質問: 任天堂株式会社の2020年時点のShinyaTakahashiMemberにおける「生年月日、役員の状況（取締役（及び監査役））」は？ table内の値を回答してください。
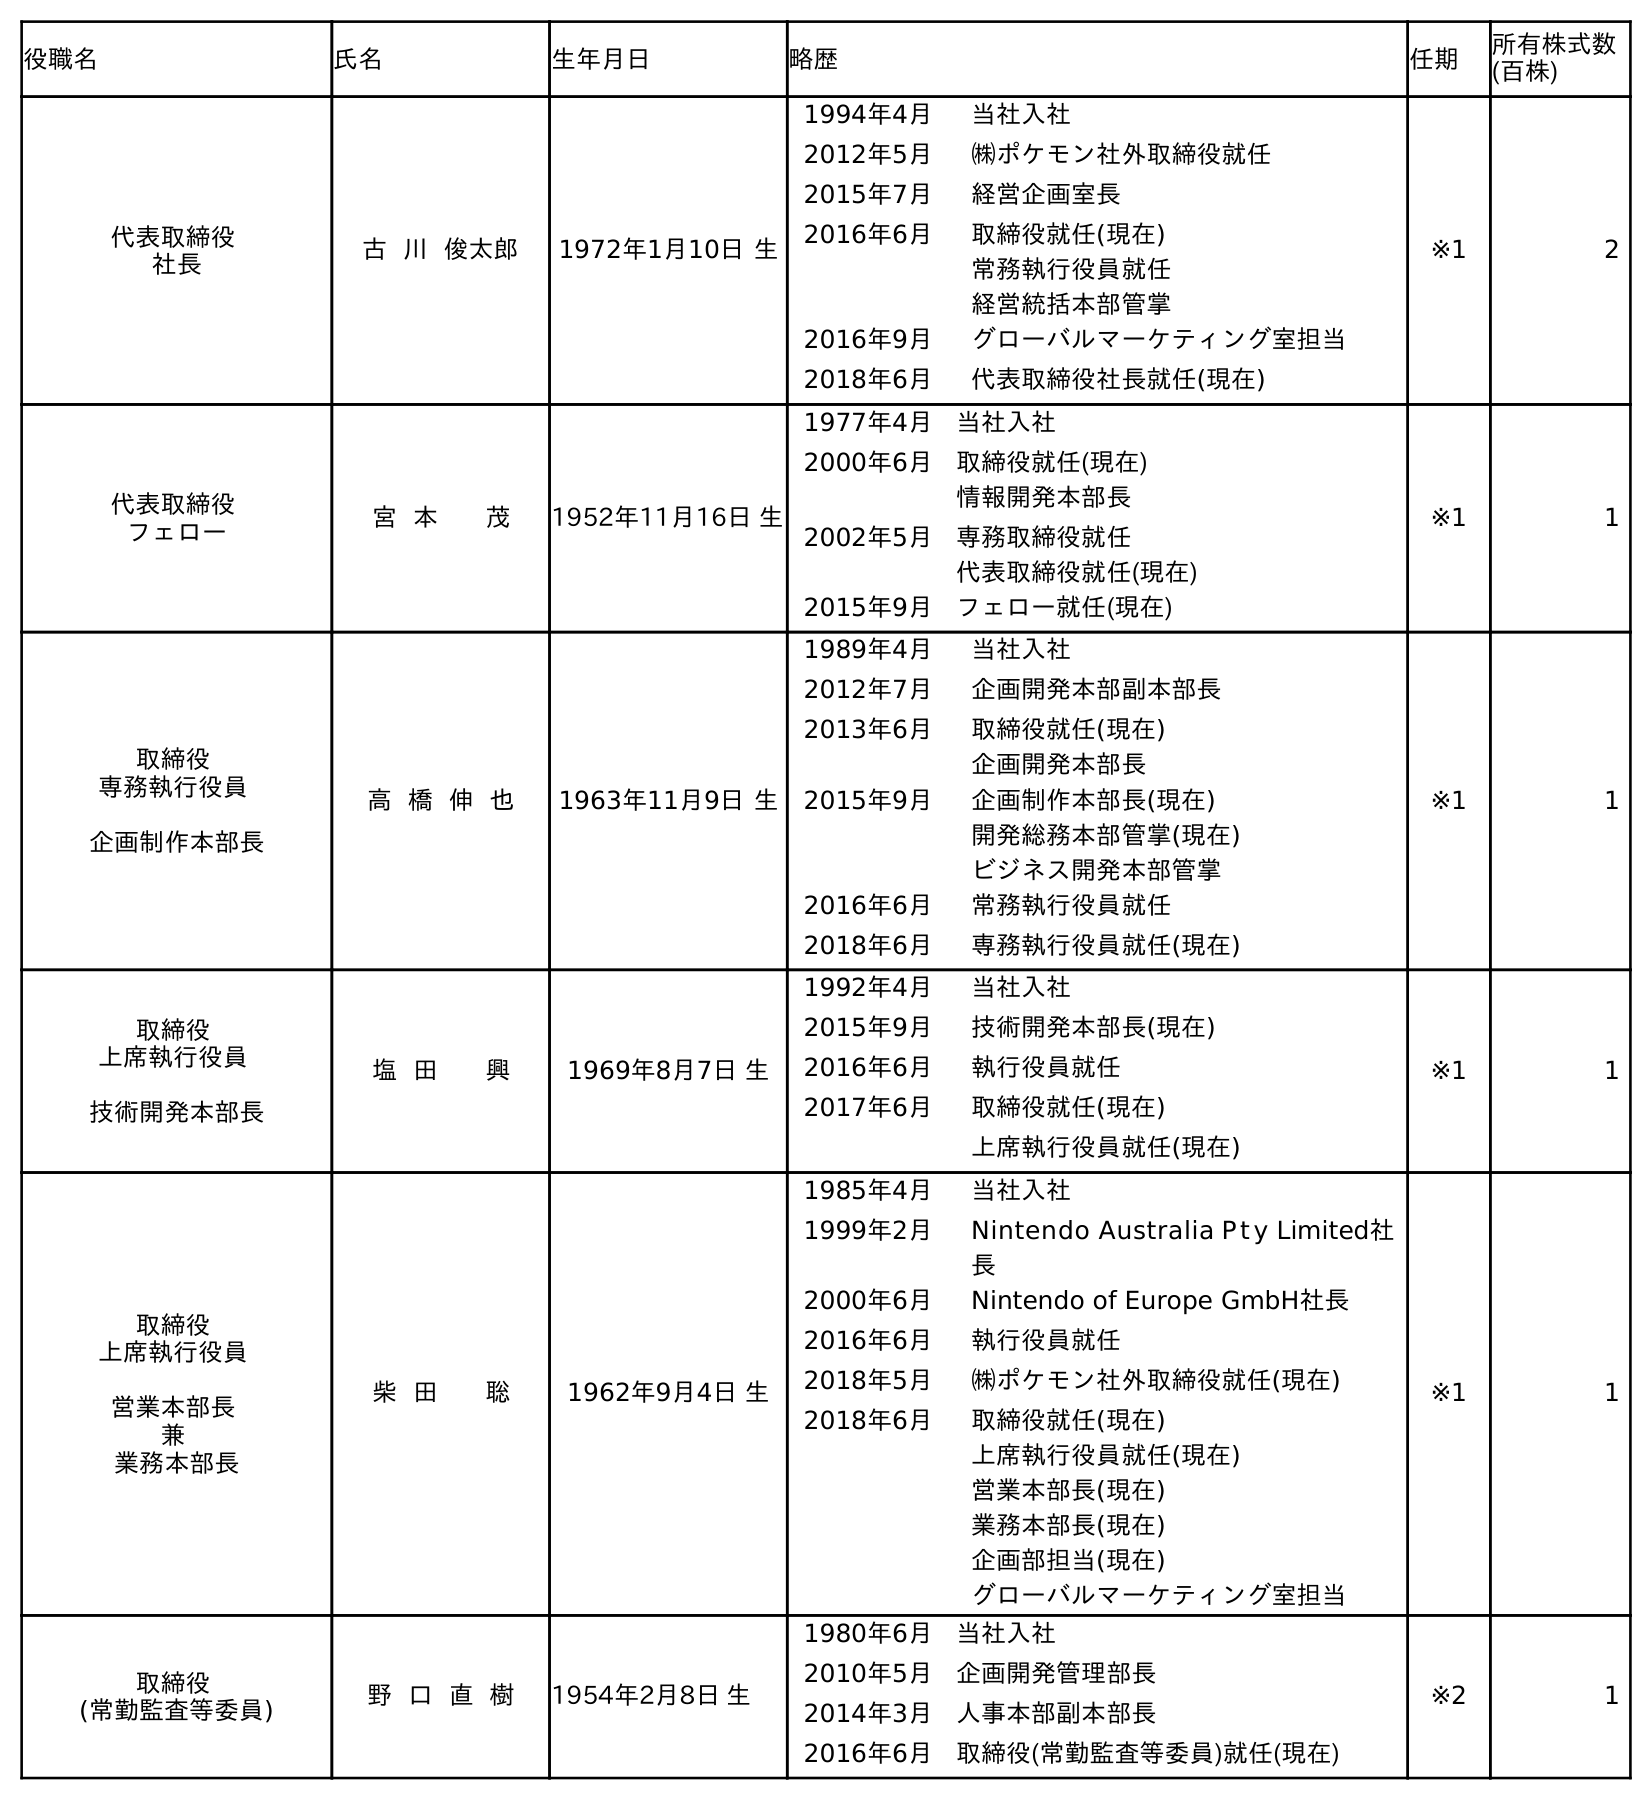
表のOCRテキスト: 役職名 氏名 生年月日 略歴 任期 所有株式数 (百株) 代表取締役 社長 古 川 俊太郎 1972年1月10日 生 1994年4月 当社入社 2012年5月 ㈱ポケモン社外取締役就任 2015年7月 経営企画室長 2016年6月 取締役就任(現在) 常務執行役員就任 経営統括本部管掌 2016年9月 グローバルマーケティング室担当 2018年6月 代表取締役社長就任(現在) ※1 2 代表取締役 フェロー 宮 本 茂 1952年11月16日 生 1977年4月 当社入社 2000年6月 取締役就任(現在) 情報開発本部長 2002年5月 専務取締役就任 代表取締役就任(現在) 2015年9月 フェロー就任(現在) ※1 1 取締役 専務執行役員 企画制作本部長 高 橋 伸 也 1963年11月9日 生 1989年4月 当社入社 2012年7月 企画開発本部副本部長 2013年6月 取締役就任(現在) 企画開発本部長 2015年9月 企画制作本部長(現在) 開発総務本部管掌(現在) ビジネス開発本部管掌 2016年6月 常務執行役員就任 2018年6月 専務執行役員就任(現在) ※1 1 取締役 上席執行役員 技術開発本部長 塩 田 興 1969年8月7日 生 1992年4月 当社入社 2015年9月 技術開発本部長(現在) 2016年6月 執行役員就任 2017年6月 取締役就任(現在) 上席執行役員就任(現在) ※1 1 取締役 上席執行役員 営業本部長 兼 業務本部長 柴 田 聡 1962年9月4日 生 1985年4月 当社入社 1999年2月 Nintendo Australia P t y Limited社 長 2000年6月 Nintendo of Europe GmbH社長 2016年6月 執行役員就任 2018年5月 ㈱ポケモン社外取締役就任(現在) 2018年6月 取締役就任(現在) 上席執行役員就任(現在) 営業本部長(現在) 業務本部長(現在) 企画部担当(現在) グローバルマーケティング室担当 ※1 1 取締役 (常勤監査等委員) 野 口 直 樹 1954年2月8日 生 1980年6月 当社入社 2010年5月 企画開発管理部長 2014年3月 人事本部副本部長 2016年6月 取締役(常勤監査等委員)就任(現在) ※2 1
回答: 1963年11月9日生